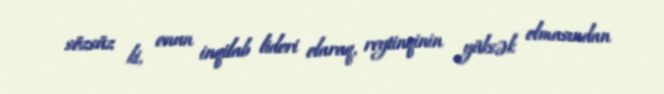
sözsüz ki, onun inqilab lideri olaraq, reytinqinin yüksək olmasından